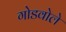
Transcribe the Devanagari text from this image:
गोडवोले